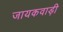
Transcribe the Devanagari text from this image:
जायकवाड़ी